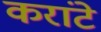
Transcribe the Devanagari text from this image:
करांटे